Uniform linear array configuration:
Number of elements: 24
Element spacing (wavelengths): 0.5
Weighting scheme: uniform
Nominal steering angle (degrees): -60
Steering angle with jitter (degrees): -61.211
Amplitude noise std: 0.05
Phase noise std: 0.05

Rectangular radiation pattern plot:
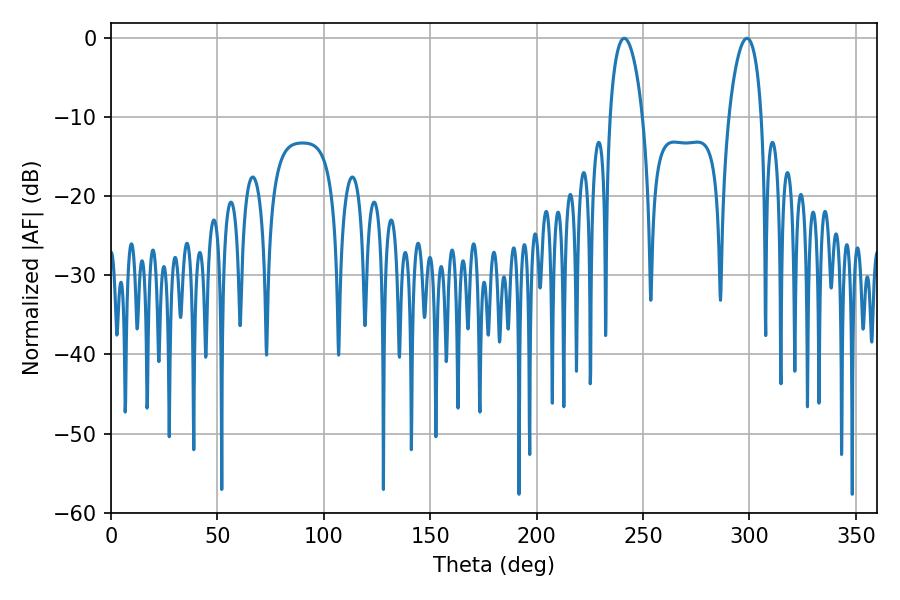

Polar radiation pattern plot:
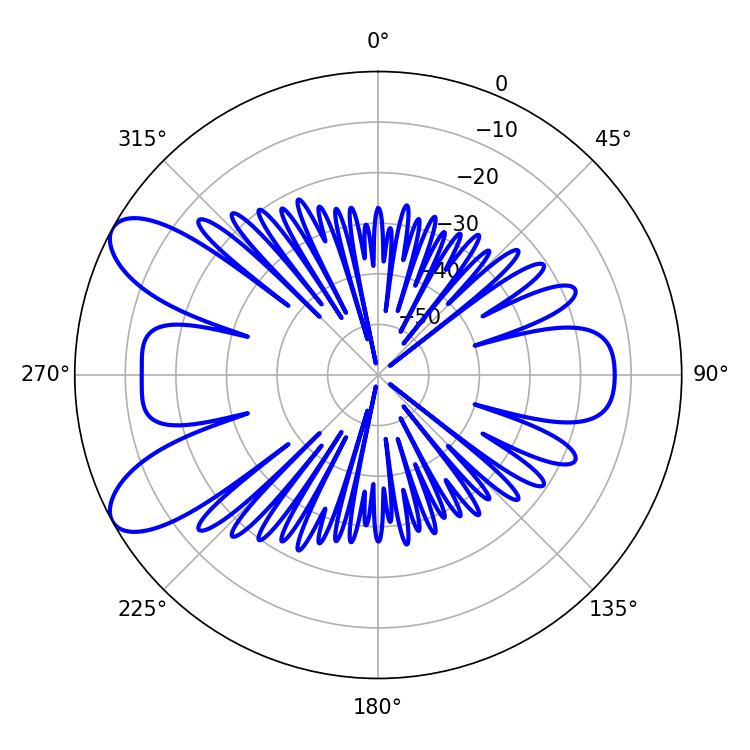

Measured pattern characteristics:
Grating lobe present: FALSE
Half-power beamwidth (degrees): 8.82
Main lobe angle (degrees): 298.8